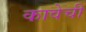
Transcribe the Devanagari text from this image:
कावेची